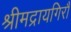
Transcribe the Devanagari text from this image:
श्रीमद्रायगिरौ